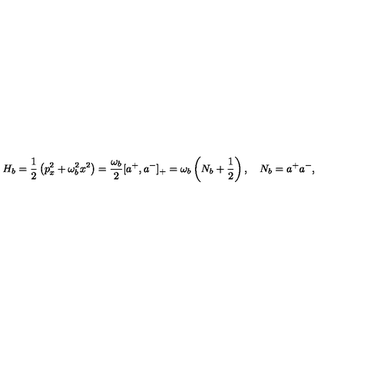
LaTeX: H _ { b } = \frac { 1 } { 2 } \left( p _ { x } ^ { 2 } + \omega _ { b } ^ { 2 } x ^ { 2 } \right) = \frac { \omega _ { b } } { 2 } [ a ^ { + } , a ^ { - } ] _ { + } = \omega _ { b } \left( N _ { b } + \frac { 1 } { 2 } \right) , \quad N _ { b } = a ^ { + } a ^ { - } ,